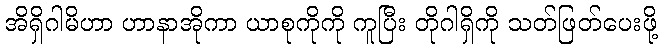
အိရှိဂါမိဟာ ဟာနာအိုကာ ယာစုကိုကို ကူပြီး တိုဂါရှိကို သတ်ဖြတ်ပေးဖို့